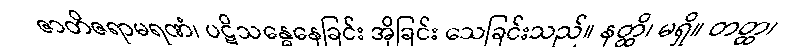
ဇာတိဇရာမရဏံ၊ ပဋိသန္ဓေနေခြင်း အိုခြင်း သေခြင်းသည်။ နတ္ထိ၊ မရှိ။ တတ္ထ၊